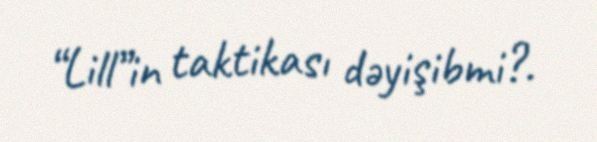
“Lill”in taktikası dəyişibmi?.